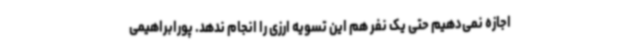
اجازه نمی‌دهیم حتی یک نفر هم این تسویه ارزی را انجام ندهد. پورابراهیمی